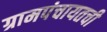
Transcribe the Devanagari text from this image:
ग्रामपंचायतची